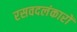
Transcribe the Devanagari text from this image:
रसवदलंकारों